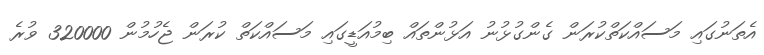
އެތަނުގައި މަސައްކަތްކުރަން ގެންގުޅުނު އަޅުންތައް ބިމުއަޑީގައި މަސައްކަތް ކުރަން ޖެހުމުން 320000 ވުރެ